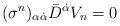
LaTeX: \begin{align*}(\sigma^{n})_{\alpha \dot{\alpha}}\bar{D}^{\dot{\alpha}}V_{n} = 0 \end{align*}